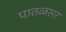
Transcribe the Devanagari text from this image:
पातळसर